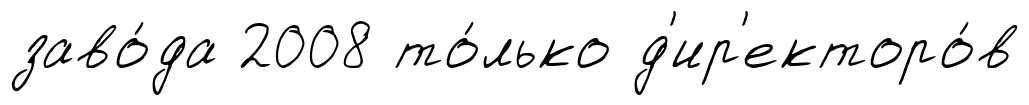
заво́да 2008 то́лько д'ир'екторо́в